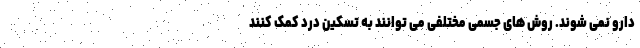
دارو نمی شوند. روش های جسمی مختلفی می توانند به تسکین درد کمک کنند